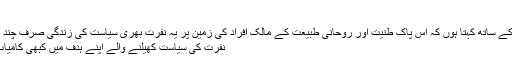
*
میں پورے یقین کے ساتھ کہتا ہوں کہ اس پاک طنیت اور روحانی طبیعت کے مالک افراد کی زمین پر یہ نفرت بھری سیاست کی زندگی صرف چند دن کی ہے ___
نفرت کی سیاست کھیلنے والے اپنے ہدف میں کبھی کامیاب نہیں ہوسکتے ۔